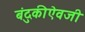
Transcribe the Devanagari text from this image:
बंदुकीऐवजी